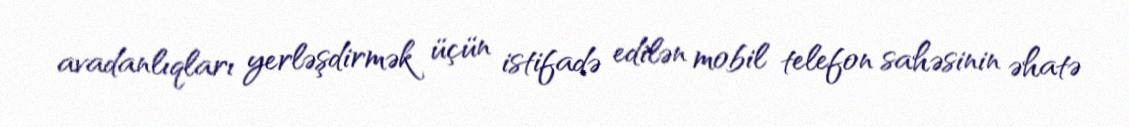
avadanlıqları yerləşdirmək üçün istifadə edilən mobil telefon sahəsinin əhatə